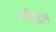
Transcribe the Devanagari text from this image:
अविद्वान